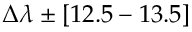
\Delta \lambda \pm [ 1 2 . 5 - 1 3 . 5 ]